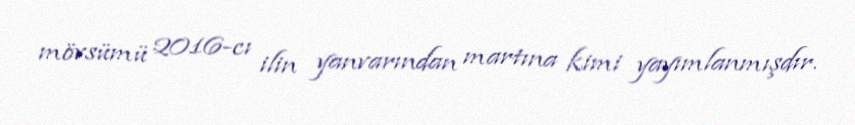
mövsümü 2016-cı ilin yanvarından martına kimi yayımlanmışdır.